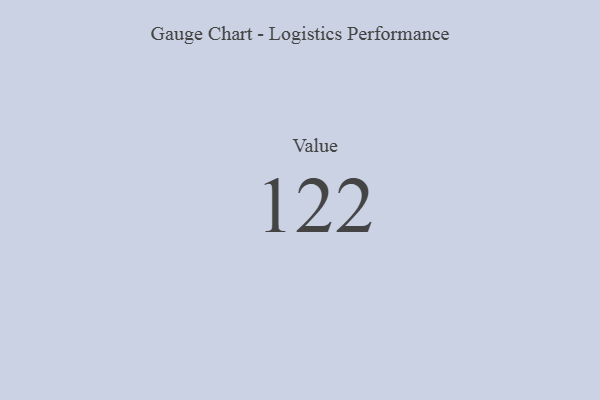
{"axis": {"x": "Metric", "y": "Value"}, "legend": [""], "data": [{"x": "Value", "y": 122, "type": ""}]}